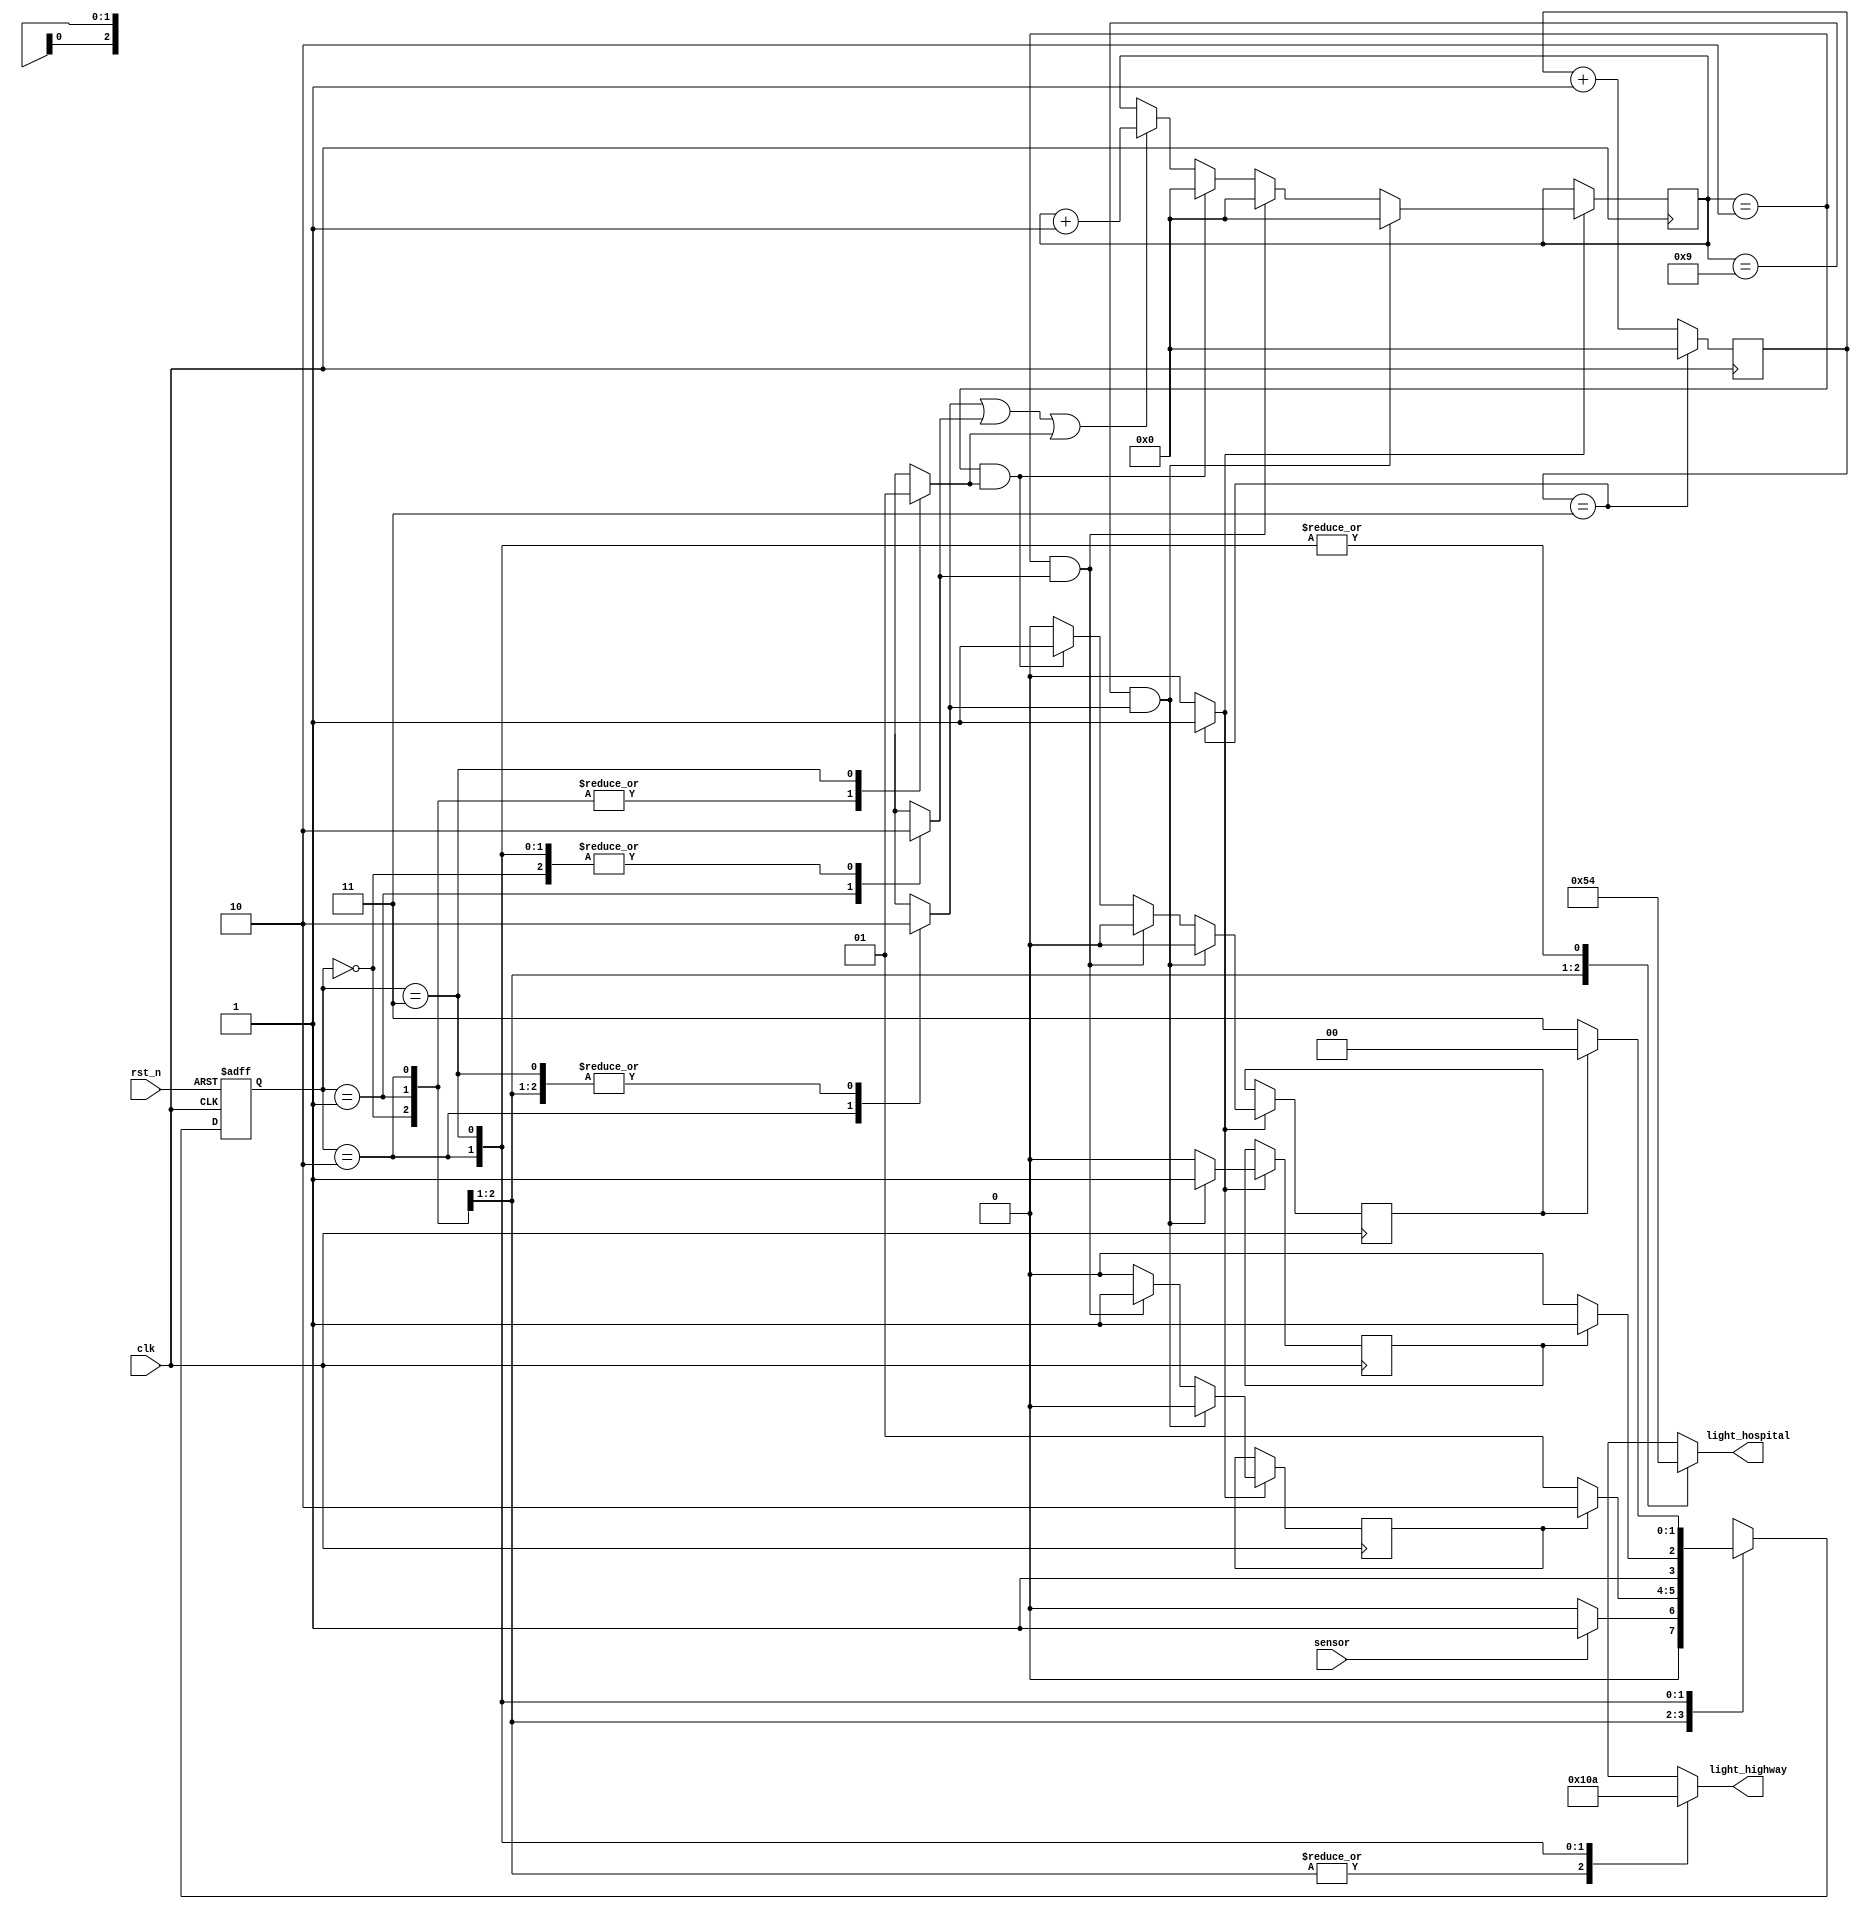
module traffic_light(light_hospital, light_highway, sensor, clk, rst_n);
parameter HGRE_FRED=2'b00,
   HYEL_FRED = 2'b01,
   HRED_FGRE=2'b10,
   HRED_FYEL=2'b11;
input sensor, clk, rst_n; 
output reg[2:0] light_hospital, light_highway; 

reg[31:0] count=0,count_delay=0;
reg delay10s=0, delay3s1=0,delay3s2=0,RED_count_en=0,YELLOW_count_en1=0,YELLOW_count_en2=0;
wire clk_enable; // clock enable signal for 1s
reg[1:0] state, next_state;

always @(posedge clk or negedge rst_n)
begin
if(~rst_n)
 state <= 2'b00;
else 
 state <= next_state; 
end

// FSM
always @(*)
begin
case(state)
HGRE_FRED: begin // Green on hospital and red on highway
 RED_count_en=0;
 YELLOW_count_en1=0;
 YELLOW_count_en2=0;
 light_hospital = 3'b001;
 light_highway = 3'b100;
 if(sensor) next_state = HYEL_FRED; 
 // if sensor detects vehicles on highway, 
 // turn hospital to yellow -> green
 else next_state =HGRE_FRED;
end
HYEL_FRED: begin// yellow on hospital and red on highway
  light_hospital = 3'b010;
  light_highway = 3'b100;
  RED_count_en=0;
 YELLOW_count_en1=1;
 YELLOW_count_en2=0;
  if(delay3s1) next_state = HRED_FGRE;
  // yellow for 3s, then red
  else next_state = HYEL_FRED;
end
HRED_FGRE: begin// red on hospital and green on highway
 light_hospital = 3'b100;
 light_highway = 3'b001;
 RED_count_en=1;
 YELLOW_count_en1=0;
 YELLOW_count_en2=0;
 if(delay10s) next_state = HRED_FYEL;
 // red in 10s then turn to yello -> green again for high way
 else next_state =HRED_FGRE;
end
HRED_FYEL:begin// red on highway and yellow on farm way
 light_hospital = 3'b100;
 light_highway = 3'b010;
 RED_count_en=0;
 YELLOW_count_en1=0;
 YELLOW_count_en2=1;
 if(delay3s2) next_state = HGRE_FRED;
 // turn green for hospital, red for highway
 else next_state =HRED_FYEL;
end
default: next_state = HGRE_FRED;
endcase
end

always @(posedge clk)
begin
if(clk_enable==1) begin
 if(RED_count_en||YELLOW_count_en1||YELLOW_count_en2)
  count_delay <=count_delay + 1;
  if((count_delay == 9)&&RED_count_en) 
  begin
   delay10s=1;
   delay3s1=0;
   delay3s2=0;
   count_delay<=0;
  end
  else if((count_delay == 2)&&YELLOW_count_en1) 
  begin
   delay10s=0;
   delay3s1=1;
   delay3s2=0;
   count_delay<=0;
  end
  else if((count_delay == 2)&&YELLOW_count_en2) 
  begin
   delay10s=0;
   delay3s1=0;
   delay3s2=1;
   count_delay<=0;
  end
  else
  begin
   delay10s=0;
   delay3s1=0;
   delay3s2=0;
  end 
 end
end
// create 1s clock enable 
always @(posedge clk)
begin
 count <=count + 1;
 //if(count == 50000000) // 50,000,000 for 50 MHz clock running on real FPGA
 if(count == 3) // for testbench
  count <= 0;
end
 assign clk_enable = count==3 ? 1: 0; // 50,000,000 for 50MHz running on FPGA
endmodule